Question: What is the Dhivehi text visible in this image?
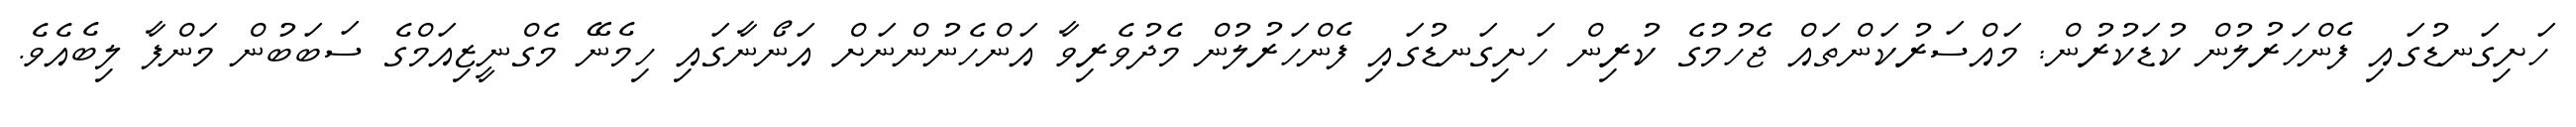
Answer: ހަށިގަނޑުގައި ފެންހަރުލުން ކުޑަކުރުން: މައްސަރުކަންތައް ޖެހުމުގެ ކުރިން ހަށިގަނޑުގައި ފެންހަރުލުން މެދުވެރިވާ އަންހެނުންނަށް އަނޯނާގައި ހިމެނޭ މެގްނީޒިއަމްގެ ސަބަބުން މަންފާ ލިބެއެވެ.